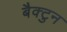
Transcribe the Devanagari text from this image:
बैक्टुन